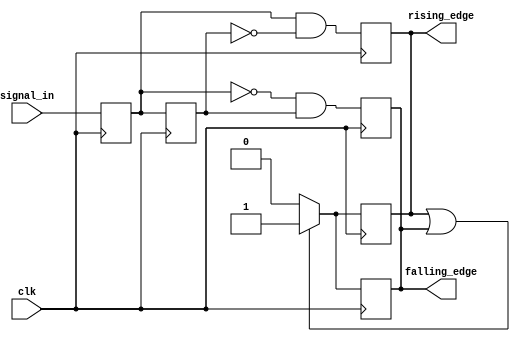
module dual_edge_detector (
    input wire clk,            // Clock signal
    input wire signal_in,      // Input signal to detect edges
    output reg rising_edge,    // Output signal for rising edge detection
    output reg falling_edge     // Output signal for falling edge detection
);

    reg prev_state;            // Previous state of the input signal
    reg curr_state;            // Current state of the input signal

    // Sequential logic to update states on the rising edge of the clock
    always @(posedge clk) begin
        // Update previous state to current state
        prev_state <= curr_state;
        // Sample the current state of the input signal
        curr_state <= signal_in;

        // Edge detection logic
        rising_edge <= (curr_state && !prev_state);   // Rising edge detected
        falling_edge <= (!curr_state && prev_state);   // Falling edge detected
    end

    // Reset outputs at the end of the clock cycle
    always @(posedge clk) begin
        // Reset rising_edge and falling_edge to low after one clock cycle
        if (rising_edge || falling_edge) begin
            rising_edge <= 1'b1;   // Set rising_edge high for one clock cycle
            falling_edge <= 1'b1;   // Set falling_edge high for one clock cycle
        end else begin
            rising_edge <= 1'b0;    // Reset rising_edge
            falling_edge <= 1'b0;    // Reset falling_edge
        end
    end

endmodule